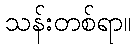
သန်းတစ်ရာ။